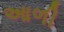
આળી